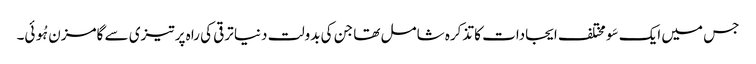
جس میں ایک سَو مختلف ایجادات کا تذکرہ شامل تھا جن کی بدولت دنیا ترقی کی راہ پر تیزی سے گامزن ہُوئی۔